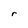
Character: r